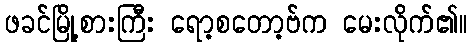
ဖခင်မြို့စားကြီး ရော့စတော့ဗ်က မေးလိုက်၏။